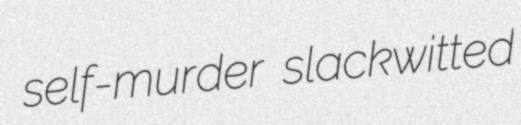
self-murder slackwitted